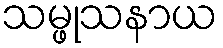
သမ္ဖုသနာယ